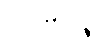
ပူတိမုတ္တဉ္စ